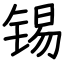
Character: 锡